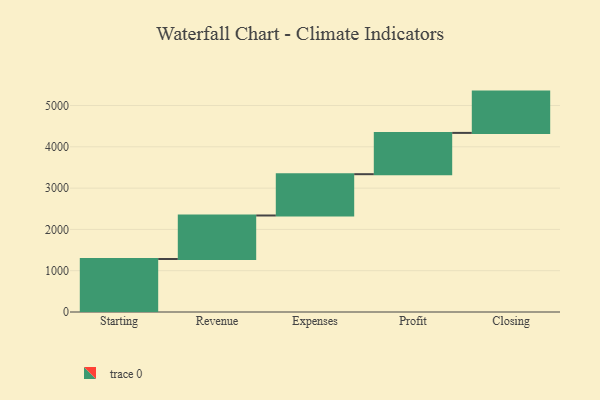
{"axis": {"x": "Step", "y": "Value"}, "legend": [""], "data": [{"x": "Starting", "y": 1284.0, "type": ""}, {"x": "Revenue", "y": 1053.0, "type": ""}, {"x": "Expenses", "y": 1000, "type": ""}, {"x": "Profit", "y": 1000, "type": ""}, {"x": "Closing", "y": 1000, "type": ""}]}